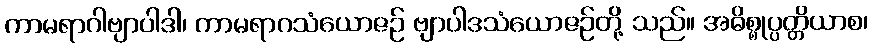
ကာမရာဂါဗျာပါဒါ၊ ကာမရာဂသံယောဇဉ် ဗျာပါဒသံယောဇဉ်တို့ သည်။ အဓိစ္စုပ္ပတ္တိယာစ၊